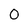
Character: O